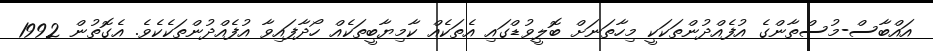
އައްބާސް-މުސްތާންގެ އުފެއްދުންތަކަކީ މިހާތަނަށް ބޮލީވުޑްގައި އެތަކެއް ކާމިޔާބީތަކެއް ހޯދާފައިވާ އުފެއްދުންތަކެކެވެ. އެގޮތުން 1992